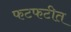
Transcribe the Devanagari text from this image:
फटफटीत